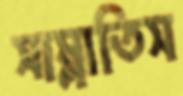
সাম্‌লাতিস